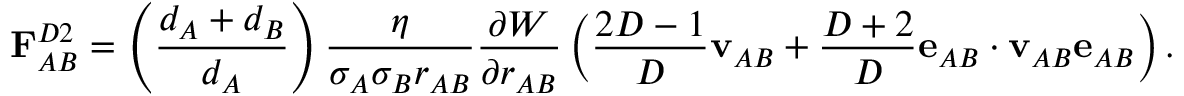
\mathbf { F } _ { A B } ^ { D 2 } = \left( \frac { d _ { A } + d _ { B } } { d _ { A } } \right) \frac { \eta } { \sigma _ { A } \sigma _ { B } r _ { A B } } \frac { \partial { W } } { \partial { r _ { A B } } } \left( \frac { 2 D - 1 } { D } \mathbf { v } _ { A B } + \frac { D + 2 } { D } \mathbf { e } _ { A B } \cdot \mathbf { v } _ { A B } \mathbf { e } _ { A B } \right) .